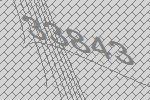
33843